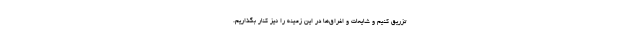
تزریق کنیم و شایعات و اغراق‌ها در این زمینه را نیز کنار بگذاریم.